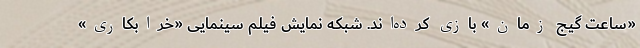
«ساعت گیج زمان» بازی کرده‌اند. شبکه نمایش فیلم سینمایی «خرابکاری»